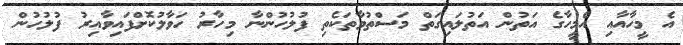
އެ މީހާއާއި އެމީހާގެ އަތުން އަތުލައިގަތް މަސްތުވާތަކެތި ފުލުހުންނާ މިހާރު ހަވާލުކޮށްފައިވާއިރު ފުލުހުން